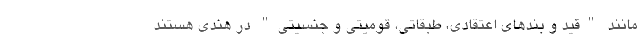
مانند "قید و بندهای اعتقادی، طبقاتی، قومیتی و جنسیتی" در هندی هستند